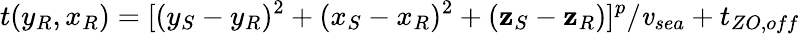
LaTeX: t(y_{R},x_{R})=[(y_{S}-y_{R})^{2}+(x_{S}-x_{R})^{2}+(\mathbf{z}_{S}-\mathbf{z}_{R})]^{p}/\mathit{v}_{sea}+t_{ZO,off}